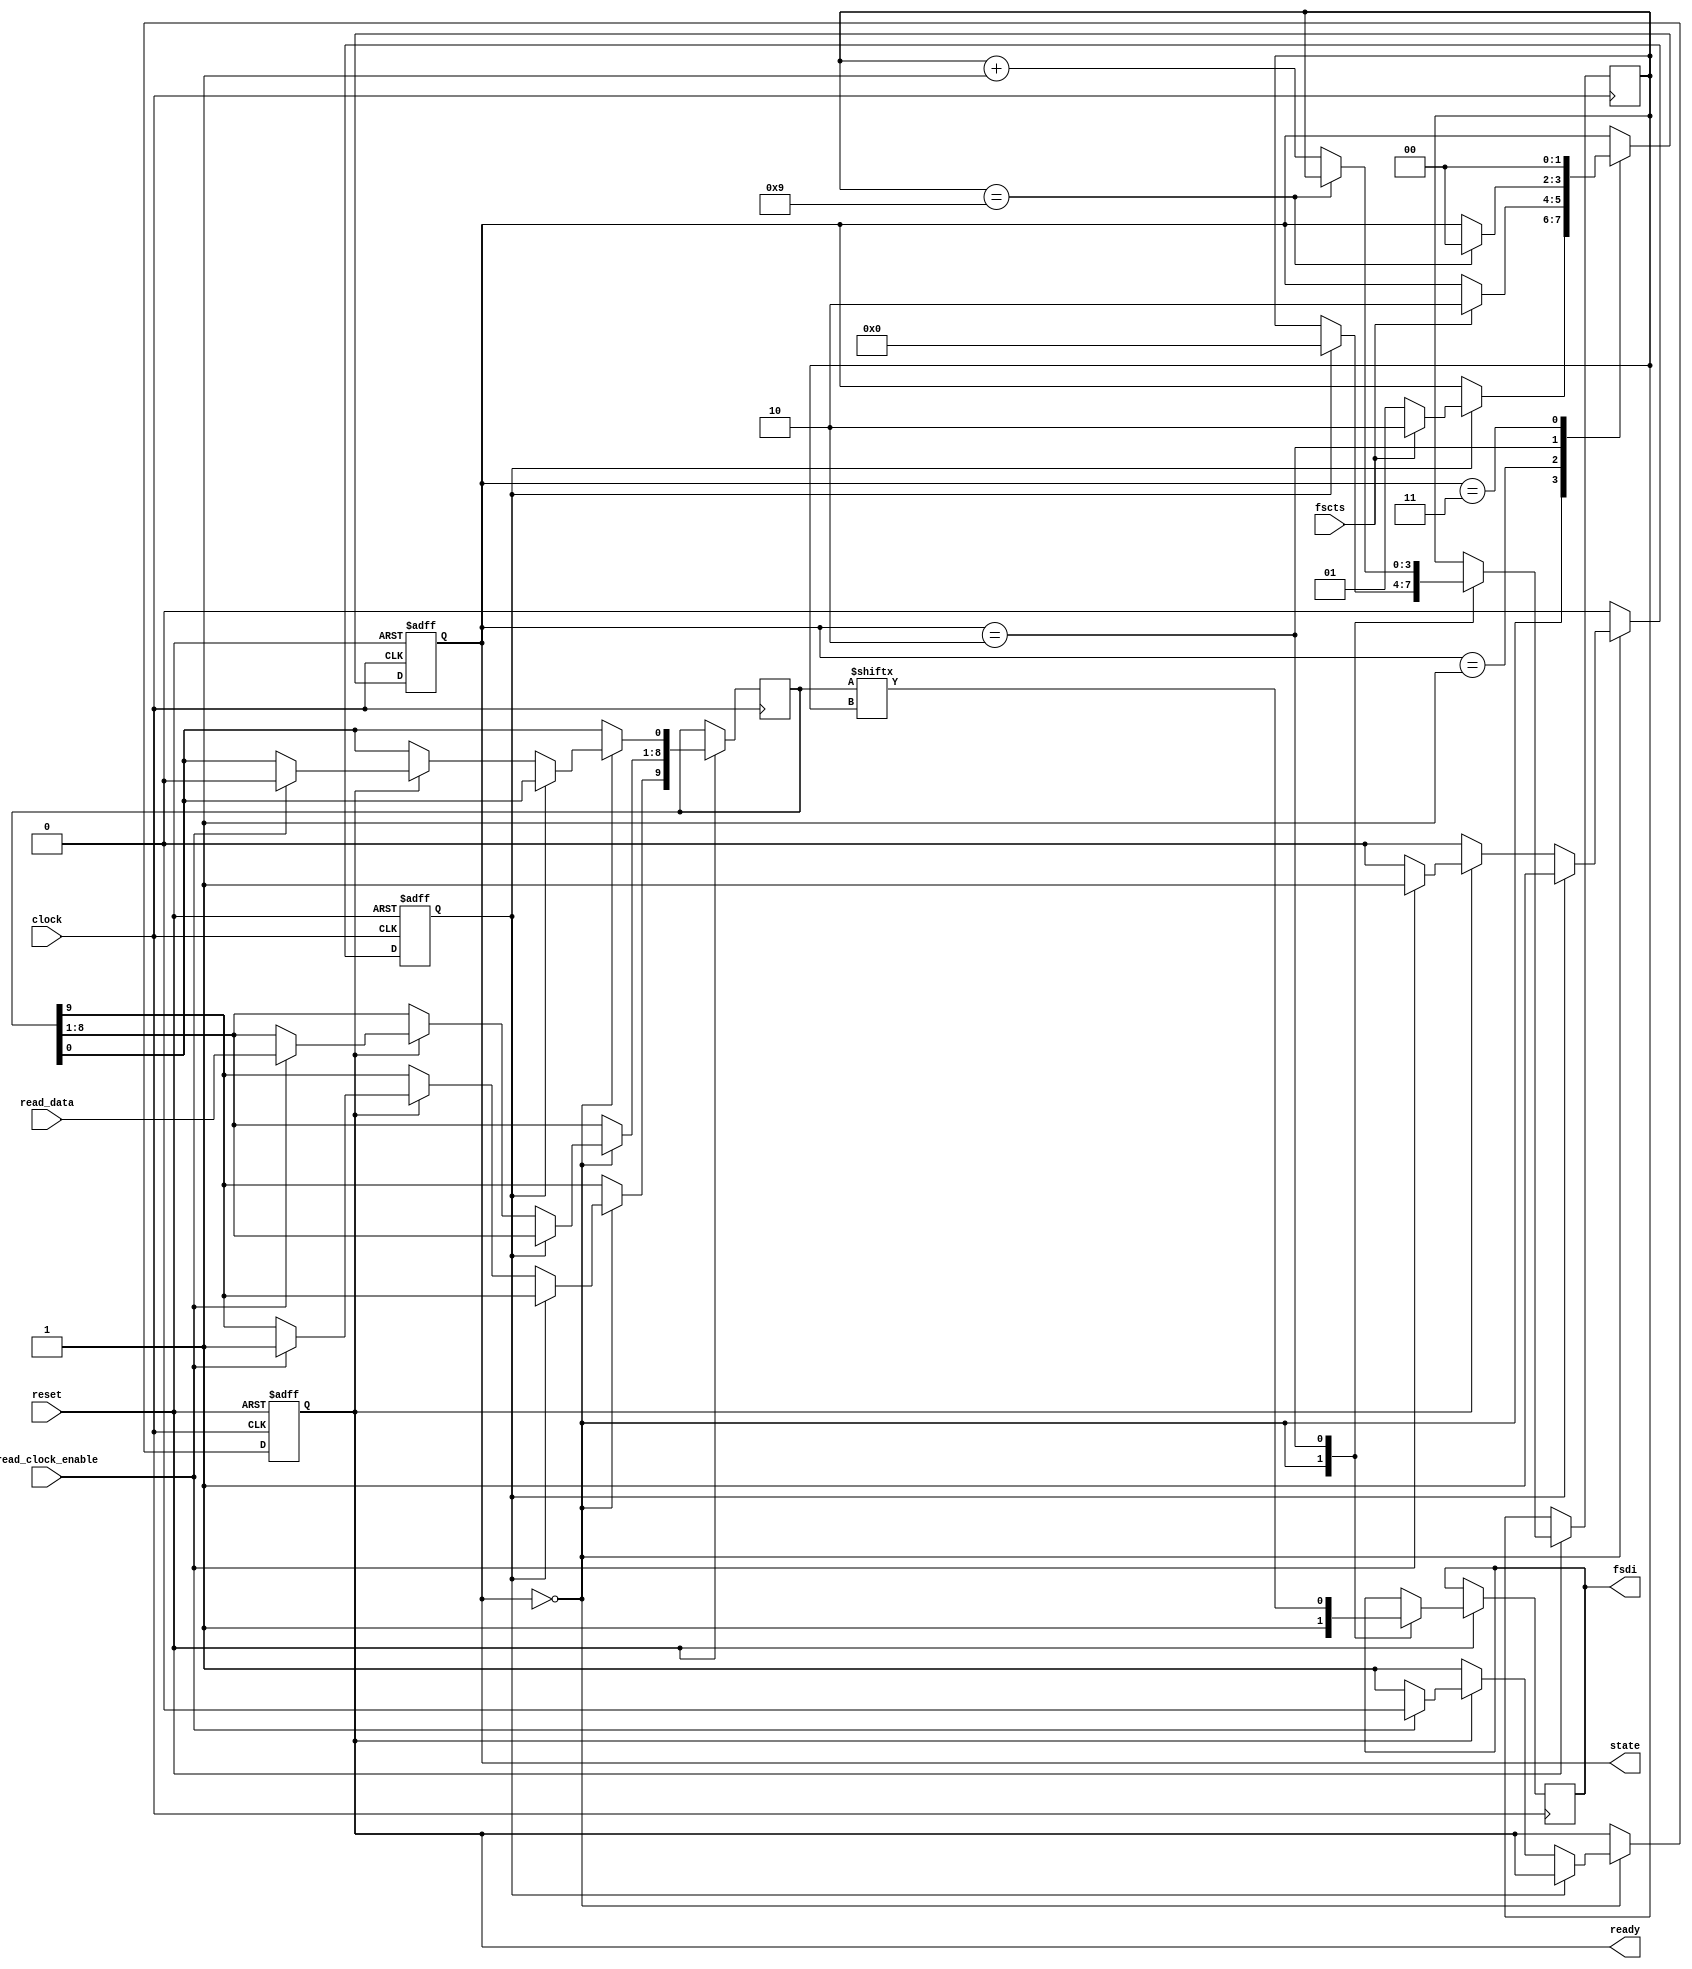
// This program was cloned from: https://github.com/denandz/lpc_sniffer_tpm
// License: GNU General Public License v3.0

/**
 * Implement the FTDI Fast Opto Mode
 */

module ftdi
	(
	input clock,
	input [7:0] read_data,
	input read_clock_enable,
	input reset, /* active low */
	input fscts, /* fast serial clear to send */
	output reg ready, /* ready to read new data */
	output reg [1:0] state, /* ready to read new data */
	output reg fsdi);

	reg [9:0] data;

	reg new_data;
	//reg [1:0] state;
	reg [3:0] bit_pos; /* which is the next bit we transmit */

	localparam IDLE = 2'h0, WAIT_CTS = 2'h1, DATA = 2'h2;

	always @(negedge clock or negedge reset) begin
		if (~reset) begin
			ready <= 0;
			new_data <= 0;
		end
		else begin
			if (state == IDLE) begin
				if (~new_data)
					if (~ready)
						ready <= 1;
					else if (read_clock_enable) begin
						/* start bit */
						data[0] <= 0;
						data[8:1] <= read_data;
						/* channel bit */
						data[9] <= 1;
						new_data <= 1;
						ready <= 0;
					end
			end
			else
				new_data <= 0;
		end
	end

	always @(negedge clock or negedge reset) begin
		if (~reset) begin
			state <= IDLE;
		end
		else begin
			case (state)
				IDLE: begin
					fsdi <= 1;
					if (new_data) begin
						bit_pos <= 0;
						if (fscts)
							state <= DATA;
						else
							state <= WAIT_CTS;
					end
				end
				WAIT_CTS: begin
					if (fscts)
						state <= DATA;
				end
				DATA: begin
					fsdi <= data[bit_pos];
					if (bit_pos == 9)
						state <= IDLE;
					else
						bit_pos <= bit_pos + 1;
				end
				// dummy to handle
				2'h3: begin
					state <= IDLE;
				end
			endcase
		end
	end
endmodule